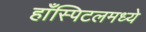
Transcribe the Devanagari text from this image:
हाँस्पिटलमध्ये